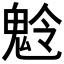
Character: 𩲩